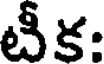
టీక: